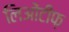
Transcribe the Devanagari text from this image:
लिओंटीफ़